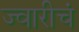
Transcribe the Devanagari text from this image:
ज्वारीचं